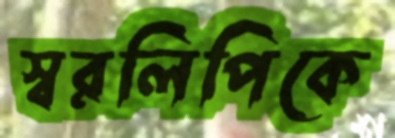
স্বরলিপিকে